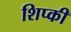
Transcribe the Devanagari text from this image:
शिप्की